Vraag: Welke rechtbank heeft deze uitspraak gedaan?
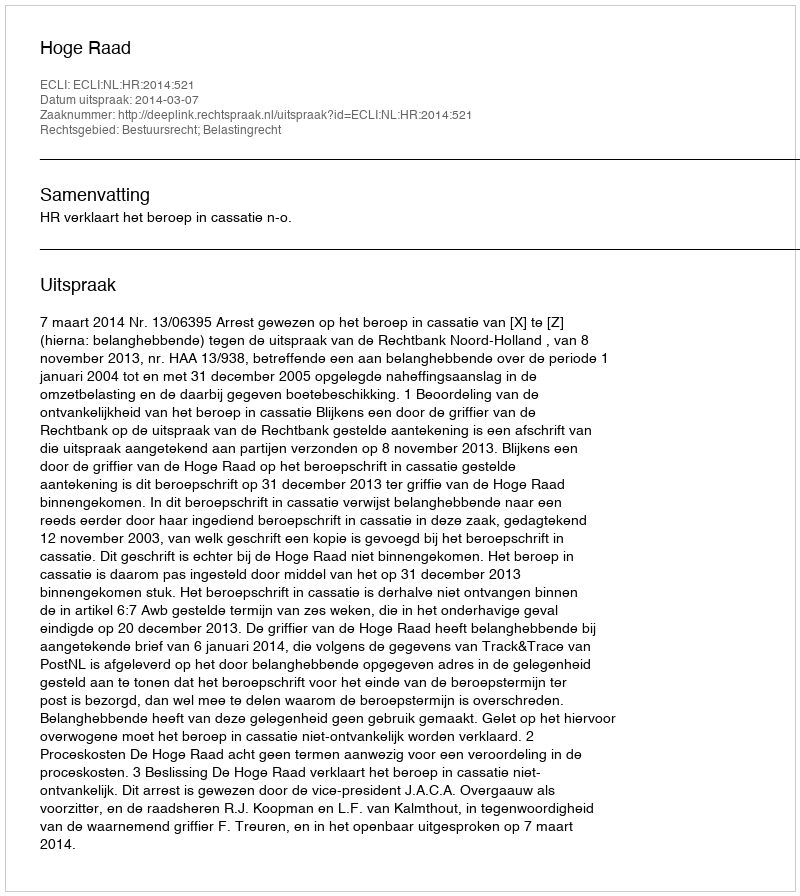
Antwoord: Hoge Raad